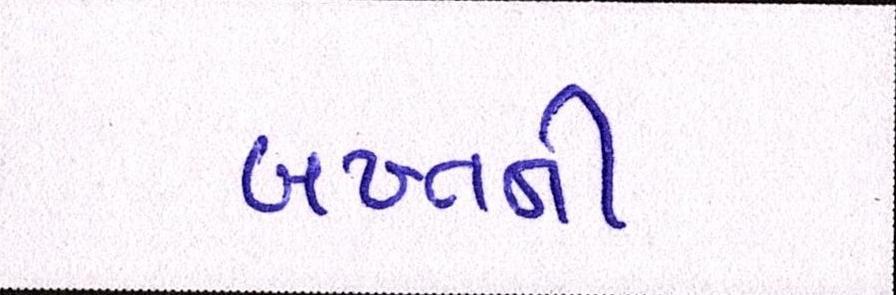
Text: બખ્તની